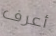
أعرف